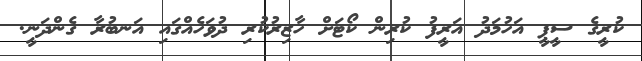
ކުރީގެ ސީޕީ އަހުމަދު އަރީފު ކުރިން ކޯޓަށްް ހާޒިރުކުރި ދުވަހެއްގައި އަނބުރާ ގެންދަނީ.